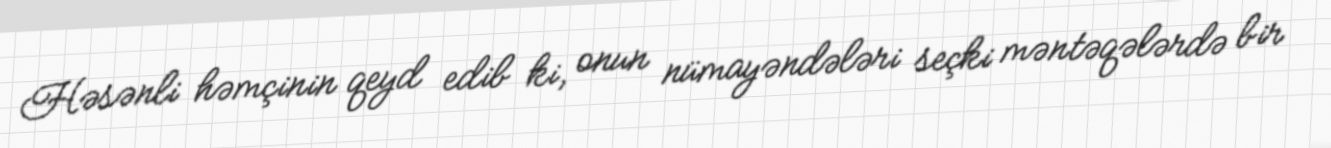
Həsənli həmçinin qeyd edib ki, onun nümayəndələri seçki məntəqələrdə bir